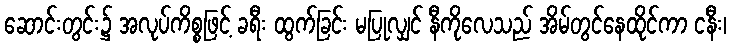
ဆောင်းတွင်း၌ အလုပ်ကိစ္စဖြင့် ခရီး ထွက်ခြင်း မပြုလျှင် နီကိုလေသည် အိမ်တွင်နေထိုင်ကာ ငနီး၊